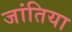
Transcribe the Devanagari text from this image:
जांतिया